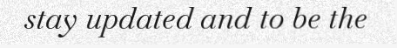
stay updated and to be the